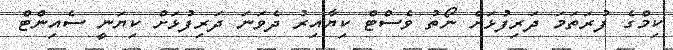
ކިމްގެ ފުރަތަމަ ދަރިފުޅަށް ނޯތު ވެސްޓް ކިޔާއިރު ދެވަނަ ދަރިފުޅަށް ކިޔަނީ ސެއިންޓް